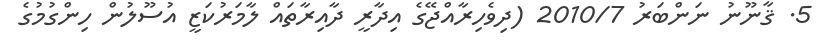
5. ޤާނޫނު ނަންބަރު 2010/7 (ދިވެހިރާއްޖޭގެ އިދާރީ ދާއިރާތައް ލާމަރުކަޒީ އުސޫލުން ހިންގުމުގެ